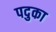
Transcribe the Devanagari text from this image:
पदुका